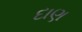
દાણ